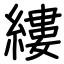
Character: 縷